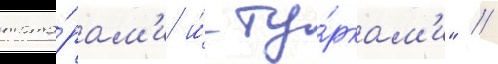
тата́рам'и и́ ту́ркам'и" //